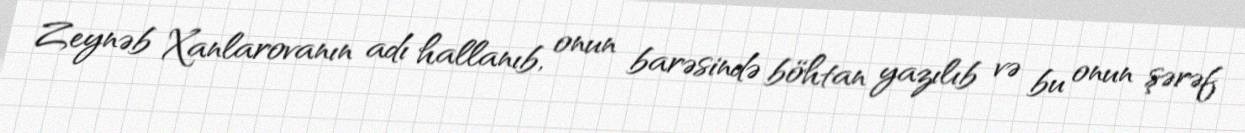
Zeynəb Xanlarovanın adı hallanıb, onun barəsində böhtan yazılıb və bu onun şərəf